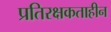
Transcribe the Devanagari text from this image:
प्रतिरक्षकताहीन